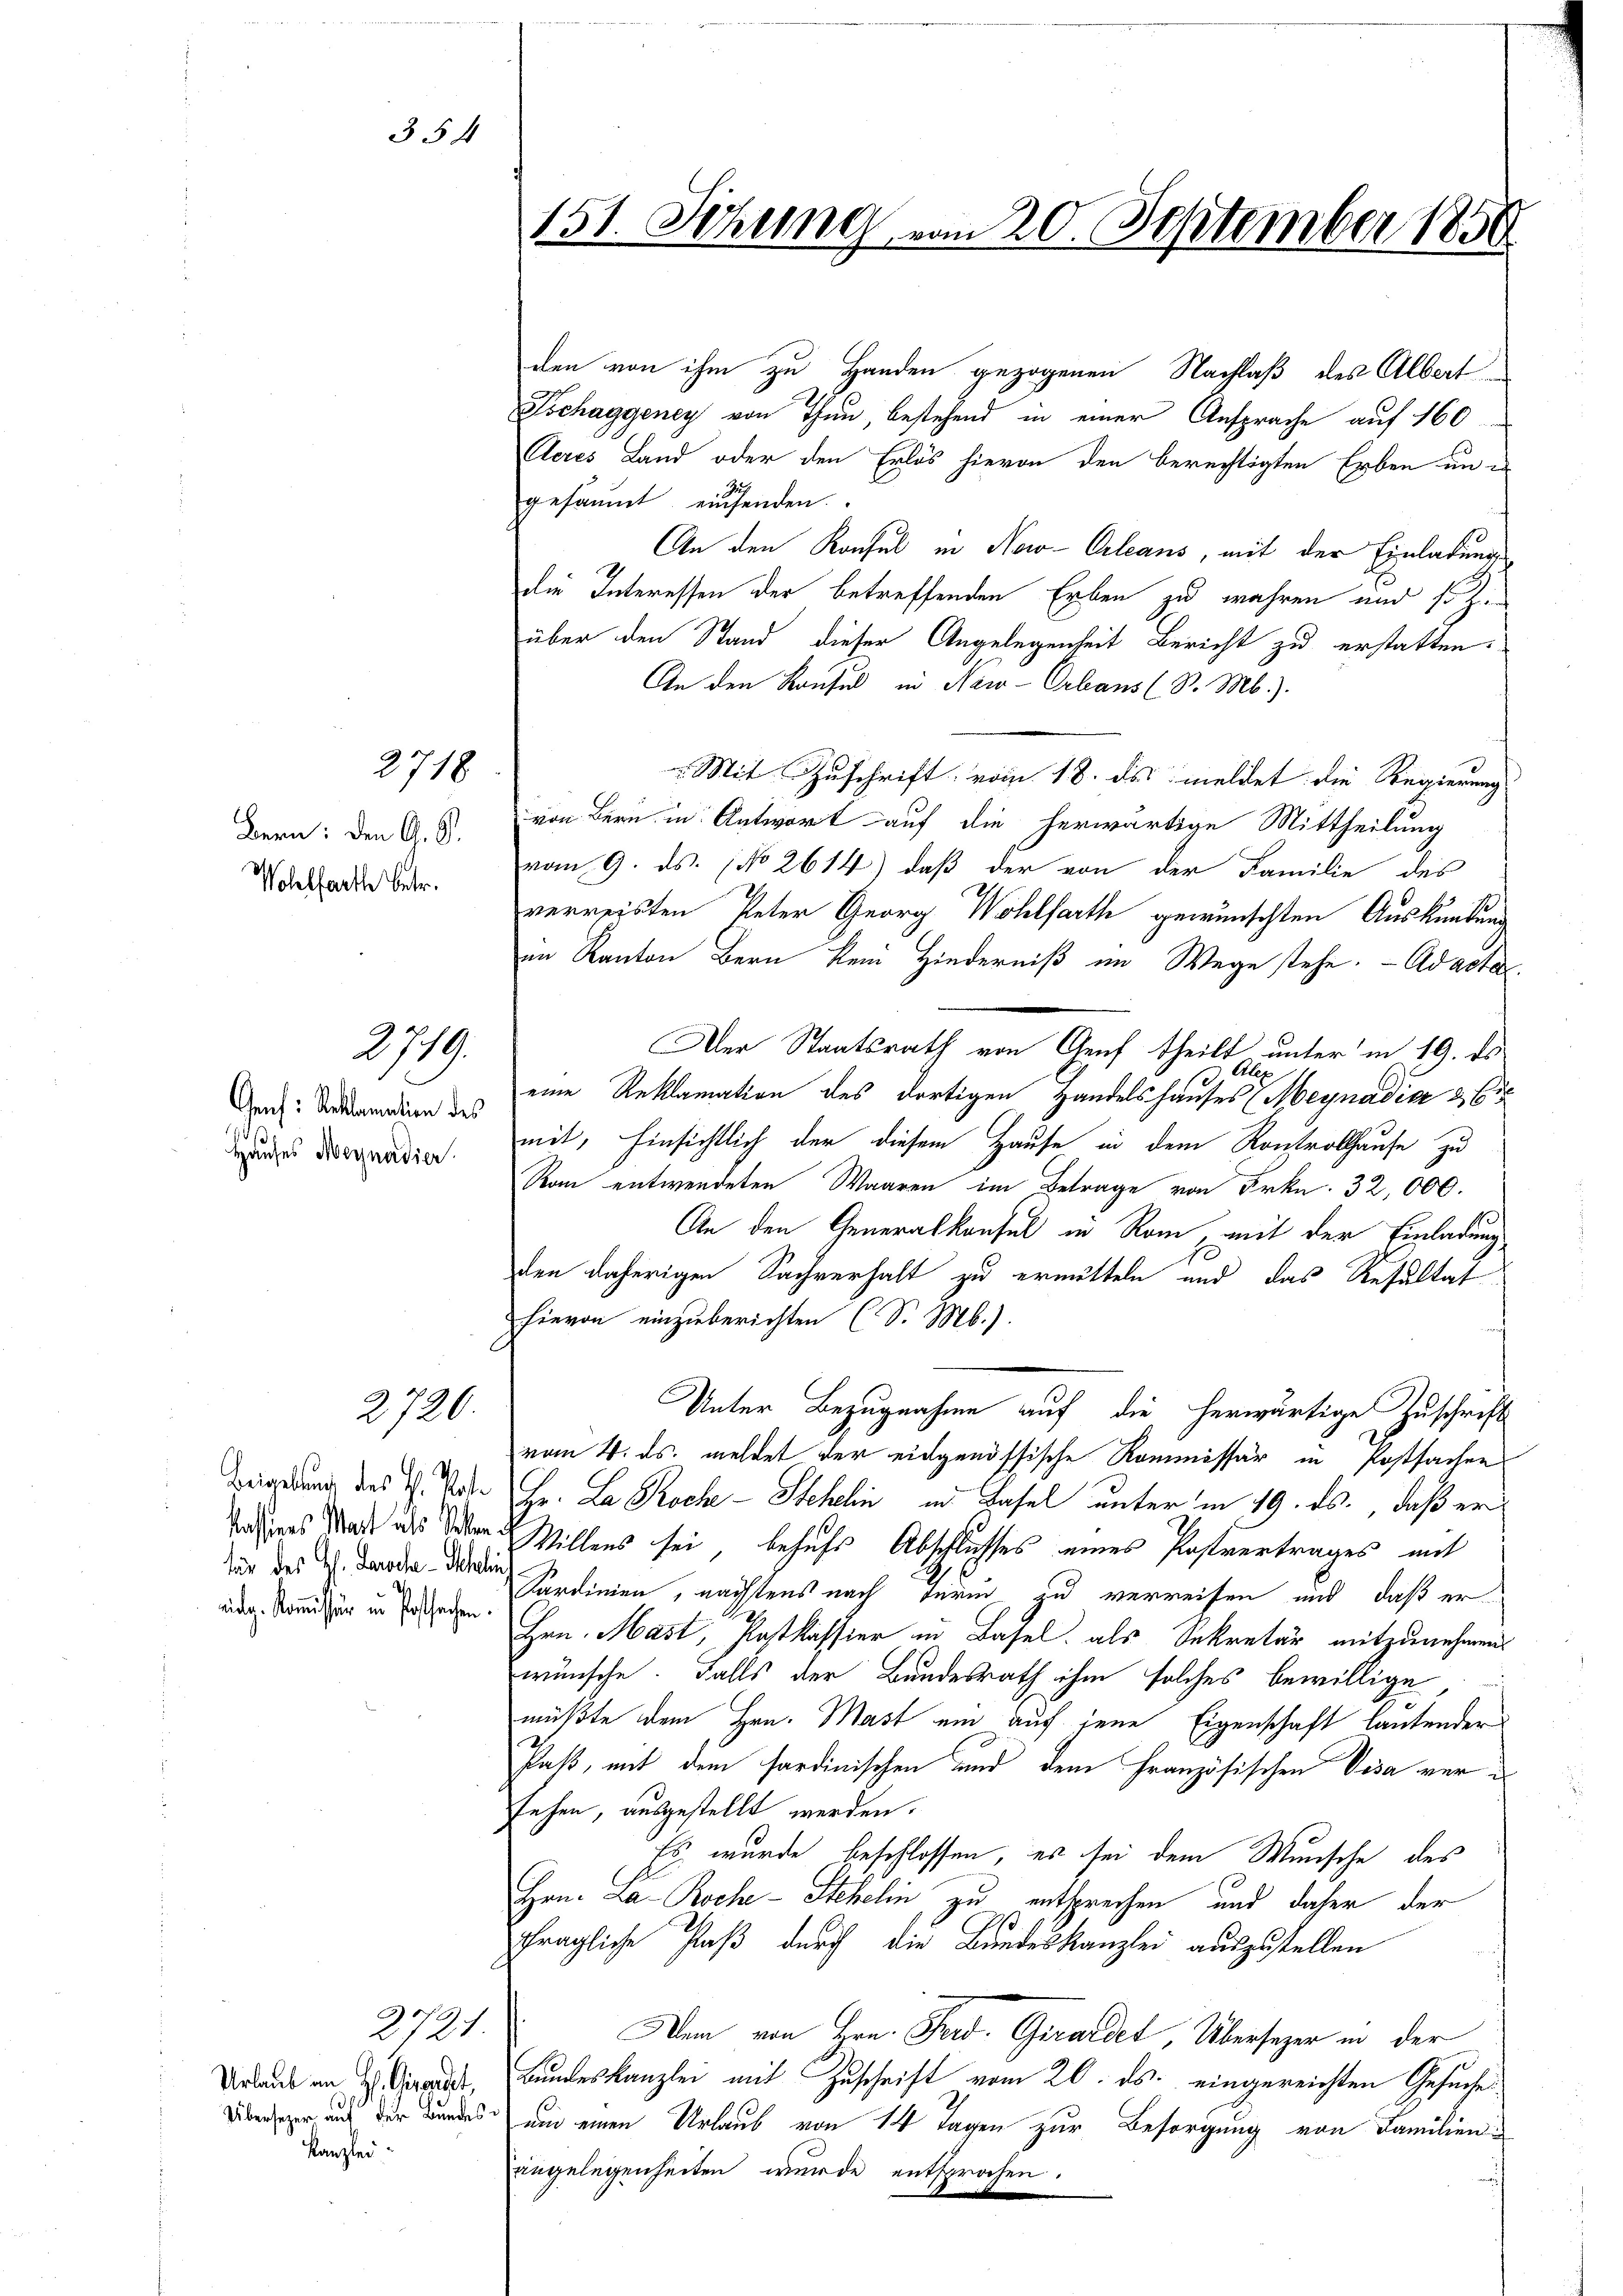
Bern: den G. S.
Wohlfarthe betr.

Genf: Reklamation des
Hauses Meynedier

2718

354

2719.

2726.

für des Hs. Jansehe - Schlich
aidg. Kommission in Postsachen.

2721.
Urlaub an H. Girendet,
Kanzlei

den von ihm zu Handen gezogenen Nachlaß des Albert
Tschaggeney von Thau, bestehend in einer Ansprache auf 160
Aeres Land oder den Erlös hievon den berechtigten Erben un¬
Zus
gesäumt einsenden
An den Konsul in New-Orleans, mit der Einladung
die Interessen der betreffenden Erben zu wahren und so zu
über den Stand dieser Angelegenheit Bericht zu erstatten.
An den Konsul in New-Orleans (S. Mb.).
 Mit Zuschrift vom 18. ds. meldet die Regierung
von Bern in Antwort auf die herwärtige Mittheilung
vom 9. ds. No 2614) daß der von der Familie des
verreisten Peter Georg Wohlfarth gewünschten Auskündung
im Kanton Bern kein Hinderniß an Wege stehe. - Adacte
Der Staatsrath von Genf theilt unter in 19. ds
Alex
10.
eine Reklamation des dortigen Handelshauses (Megnadia 26
mit, hinsichtlich der diesem Hause in dem Kontrollhause zu
Rau entwendeten Waaren im Betrage von Frkn. 32,000.
An den Generalkonsul in Rom, mit der Einladung
den daherigen Sachverhalt zu ermitteln und das Resultat
hievon einzuberichten (S. Mb.).
Unter Bezugnahme auf die herwärtige Zuschrift
vom 4. ds. meldet der eidgenössische Kommissär in Postsachen
Bugung des 2. Mit Hr. La Broche Stehelin in Basel unter in 19. ds., daß er
Anderes das als deren Willens sei, behufs Abschlusses eines Postvertrages mit
Kardinien, nächstens nach Turin zu verreisen und daß er
Hrn. Mast, Postkassier in Basel, als Sekretär mitzunehmen.
wünsche. Falls der Bundesrath ihm solches bewillige
müßte dem Hrn. Mast ein auf jene Eigenschaft lautender
Paß, mit dem sardinischen und dem Französischen Visa versehen, ausgestellt werden.
Es wurde beschlossen, es sei dem Wunsche des
Hrn. La Roche - Stehelin zu entsprechen und daher der
fragliche Paß durch die Bundeskanzlei auszustellen
Dem von Hrn. Ferd. Girardet, Übersezer in der
Bundeskanzlei mit Zuschrift vom 20. ds. eingereichten Gesuches
eer und der Bundes um einen Urlaub von 14 Tagen zur Besorgung von Familieningelegenheiten wurde entsprochen.

151. Sitzung vom 20. September 1850